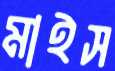
মাইস